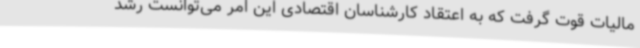
مالیات قوت گرفت که به اعتقاد کارشناسان اقتصادی این امر می‌توانست رشد